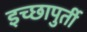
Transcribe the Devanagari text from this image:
इच्छापुर्ती